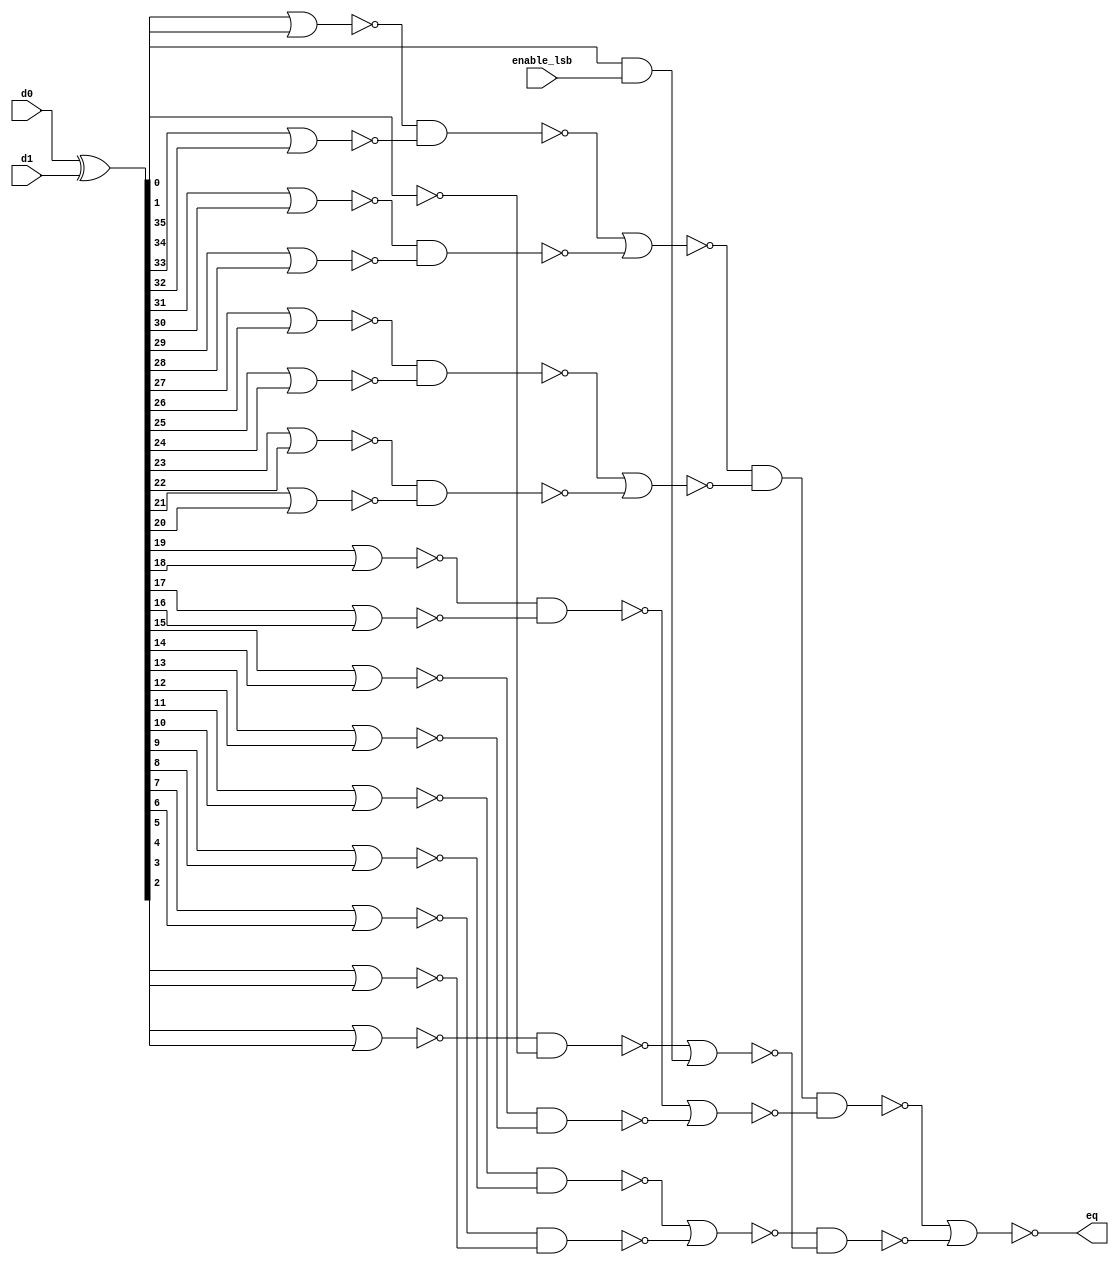
//  IBM Corp. 2020
// Licensed under the Apache License, Version 2.0 (the "License"), as modified by
// the terms below; you may not use the files in this repository except in
// compliance with the License as modified.
// You may obtain a copy of the License at http://www.apache.org/licenses/LICENSE-2.0
//
// Modified Terms:
//
//    1) For the purpose of the patent license granted to you in Section 3 of the
//    License, the "Work" hereby includes implementations of the work of authorship
//    in physical form.
//
//    2) Notwithstanding any terms to the contrary in the License, any licenses
//    necessary for implementation of the Work that are available from OpenPOWER
//    via the Power ISA End User License Agreement (EULA) are explicitly excluded
//    hereunder, and may be obtained from OpenPOWER under the terms and conditions
//    of the EULA.  
//
// Unless required by applicable law or agreed to in writing, the reference design
// distributed under the License is distributed on an "AS IS" BASIS, WITHOUT
// WARRANTIES OR CONDITIONS OF ANY KIND, either express or implied. See the License
// for the specific language governing permissions and limitations under the License.
// 
// Additional rights, including the ability to physically implement a softcore that
// is compliant with the required sections of the Power ISA Specification, are
// available at no cost under the terms of the OpenPOWER Power ISA EULA, which can be
// obtained (along with the Power ISA) here: https://openpowerfoundation.org. 

`timescale 1 ns / 1 ns

//  Description:  Address Decoder
//
//*****************************************************************************

module tri_addrcmp(
   enable_lsb,
   d0,
   d1,
   eq
);

   input        enable_lsb;		// when "0" the LSB is disabled
   input [0:35] d0;
   input [0:35] d1;
   output       eq;

   // tri_addrcmp

      parameter    tiup = 1'b1;
      parameter    tidn = 1'b0;

      wire [0:35]  eq01_b;
      wire [0:18]  eq02;
      wire [0:9]   eq04_b;
      wire [0:4]   eq08;
      wire [0:1]   eq24_b;

      assign eq01_b[0:35] = (d0[0:35] ^ d1[0:35]);

      assign eq02[0] = (~(eq01_b[0] | eq01_b[1]));
      assign eq02[1] = (~(eq01_b[2] | eq01_b[3]));
      assign eq02[2] = (~(eq01_b[4] | eq01_b[5]));
      assign eq02[3] = (~(eq01_b[6] | eq01_b[7]));
      assign eq02[4] = (~(eq01_b[8] | eq01_b[9]));
      assign eq02[5] = (~(eq01_b[10] | eq01_b[11]));
      assign eq02[6] = (~(eq01_b[12] | eq01_b[13]));
      assign eq02[7] = (~(eq01_b[14] | eq01_b[15]));
      assign eq02[8] = (~(eq01_b[16] | eq01_b[17]));
      assign eq02[9] = (~(eq01_b[18] | eq01_b[19]));
      assign eq02[10] = (~(eq01_b[20] | eq01_b[21]));
      assign eq02[11] = (~(eq01_b[22] | eq01_b[23]));
      assign eq02[12] = (~(eq01_b[24] | eq01_b[25]));
      assign eq02[13] = (~(eq01_b[26] | eq01_b[27]));
      assign eq02[14] = (~(eq01_b[28] | eq01_b[29]));
      assign eq02[15] = (~(eq01_b[30] | eq01_b[31]));
      assign eq02[16] = (~(eq01_b[32] | eq01_b[33]));
      assign eq02[17] = (~(eq01_b[34]));
      assign eq02[18] = (~(eq01_b[35] & enable_lsb));

      assign eq04_b[0] = (~(eq02[0] & eq02[1]));
      assign eq04_b[1] = (~(eq02[2] & eq02[3]));
      assign eq04_b[2] = (~(eq02[4] & eq02[5]));
      assign eq04_b[3] = (~(eq02[6] & eq02[7]));
      assign eq04_b[4] = (~(eq02[8] & eq02[9]));
      assign eq04_b[5] = (~(eq02[10] & eq02[11]));
      assign eq04_b[6] = (~(eq02[12] & eq02[13]));
      assign eq04_b[7] = (~(eq02[14] & eq02[15]));
      assign eq04_b[8] = (~(eq02[16] & eq02[17]));
      assign eq04_b[9] = (~(eq02[18]));

      assign eq08[0] = (~(eq04_b[0] | eq04_b[1]));
      assign eq08[1] = (~(eq04_b[2] | eq04_b[3]));
      assign eq08[2] = (~(eq04_b[4] | eq04_b[5]));
      assign eq08[3] = (~(eq04_b[6] | eq04_b[7]));
      assign eq08[4] = (~(eq04_b[8] | eq04_b[9]));

      assign eq24_b[0] = (~(eq08[0] & eq08[1] & eq08[2]));
      assign eq24_b[1] = (~(eq08[3] & eq08[4]));

      assign eq = (~(eq24_b[0] | eq24_b[1]));		// output
endmodule